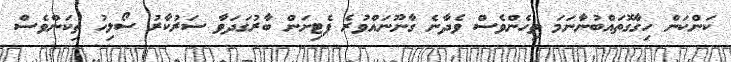
ކަންކަން ހިގާގޮތައްބުނާނަމަ ތިހެންވެސް ވެދާނެ ގާނޫނައްވުރެ ޕެޓިށަން ބާރުގަދަވާ ސަރުކާރު ސޯލިހު ތިކަންވެސް